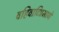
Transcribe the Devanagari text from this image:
वहिवाटिप्रमाणे